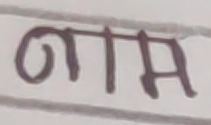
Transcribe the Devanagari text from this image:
मामा